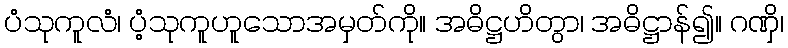
ပံသုကူလံ၊ ပံ့သုကူဟူသောအမှတ်ကို။ အဓိဋ္ဌဟိတွာ၊ အဓိဋ္ဌာန်၍။ ဂဏှိ၊